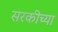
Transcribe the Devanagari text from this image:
सरकीच्या